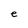
Character: e